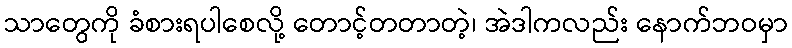
သာတွေကို ခံစားရပါစေလို့ တောင့်တတာတဲ့၊ အဲဒါကလည်း နောက်ဘဝမှာ